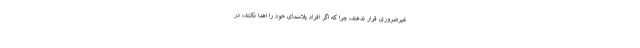
غیرضروری قرار ندهند، چرا که اگر افراد پلاسمای خود را اهدا نکنند، در